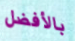
بالأفضل